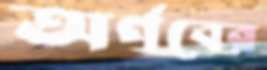
অর্ণবের